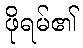
ဖိုရမ်၏